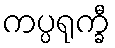
ကပ္ပရုက္ခီ